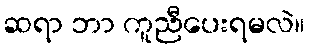
ဆရာ ဘာ ကူညီပေးရမလဲ။